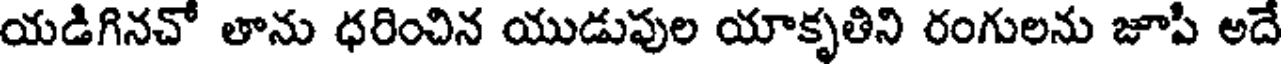
యడిగినచో తాను ధరించిన యుడుపుల యాకృతిని రంగులను జూపి అదే